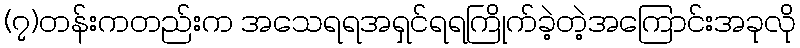
(၇)တန်းကတည်းက အသေရရအရှင်ရရကြိုက်ခဲ့တဲ့အကြောင်းအခုလို